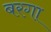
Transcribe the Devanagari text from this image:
बरगा